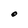
Character: O